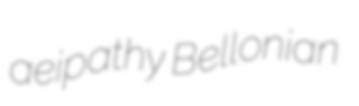
aeipathy Bellonian